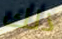
ذلك